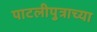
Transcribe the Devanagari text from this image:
पाटलीपुत्राच्या